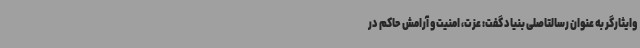
وایثارگر به عنوان رسالتاصلی بنیاد گفت: عزت، امنیت و آرامش حاکم در